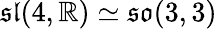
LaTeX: {\mathfrak{sl}}(4,\mathbb{R})\simeq{\mathfrak{so}}(3,3)